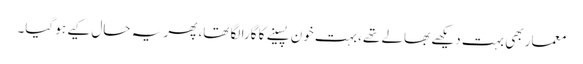
معمار بھی بہت دیکھے بھالے تھے، بہت خون پسینے کا گارا لگا تھا، پھر یہ حال کیے ہو گیا۔